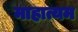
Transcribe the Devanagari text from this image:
माहात्यम